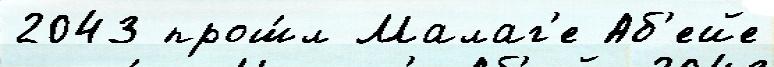
2043 прош́л Малаг'е Аб'ейе